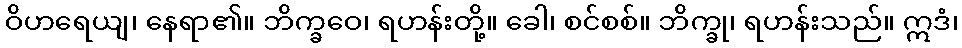
ဝိဟရေယျ၊ နေရာ၏။ ဘိက္ခဝေ၊ ရဟန်းတို့။ ခေါ၊ စင်စစ်။ ဘိက္ခု၊ ရဟန်းသည်။ ဣဒံ၊